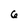
Character: 6